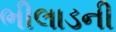
ભીલાડની